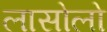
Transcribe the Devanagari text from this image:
लासोलो